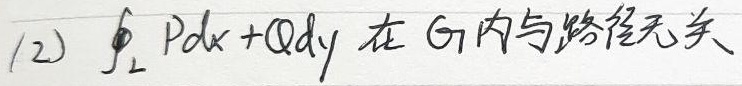
(2) \(\oint_{L} Pdx + Qdy\) 在 \(G_{1}\) 内与路径无关